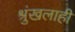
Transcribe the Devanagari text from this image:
श्रुंखलाही